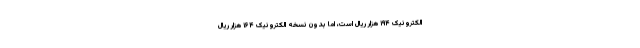
الکترونیک ۱۹۴ هزار ریال است، اما بدون نسخه الکترونیک ۱۶۴ هزار ریال